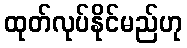
ထုတ်လုပ်နိုင်မည်ဟု